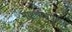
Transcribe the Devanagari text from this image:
माहतवापुरन